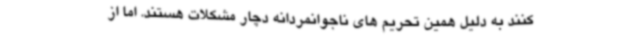
کنند به دلیل همین تحریم های ناجوانمردانه دچار مشکلات هستند. اما از